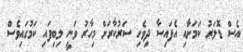
އެސް ޑޮލަރު ކަމަށާއި އެފައިސާ ދިވެހި ސަރުކާރަށް މިހާރު ވަނީ ލިބިފައި ކަމުގައިވެސް